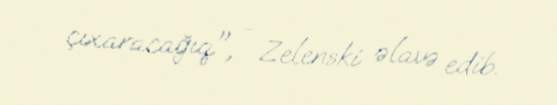
çıxaracağıq", - Zelenski əlavə edib.